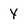
Character: Y